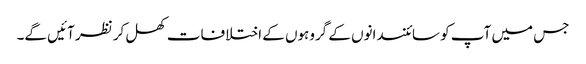
جس میں آپ کو سائنسدانوں کے گروہوں کے اختلافات کھل کر نظر آئیں گے۔